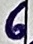
Text: 6